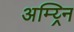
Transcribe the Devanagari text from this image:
अम्य्र्नि